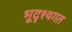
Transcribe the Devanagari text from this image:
भूदृश्यगत